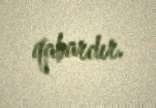
qabardır.